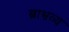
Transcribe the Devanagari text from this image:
ब्राभ्रव्य